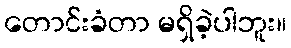
တောင်းခံတာ မရှိခဲ့ပါဘူး။